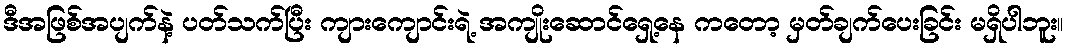
ဒီအဖြစ်အပျက်နဲ့ ပတ်သက်ပြီး ကျားကျောင်းရဲ့ အကျိုးဆောင်ရှေ့နေ ကတော့ မှတ်ချက်ပေးခြင်း မရှိပါဘူး။